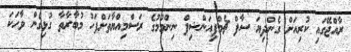
ރާއްޖޭގައި ކުރިއަށް ގެންދިޔަ ސާފް ޗެމްޕިއަންޝިޕް ނިންމުމުގެ ރަސްމިއްޔާތަށްފަހު މުބާރާތާ ގުޅިގެން ވާހަކަ